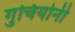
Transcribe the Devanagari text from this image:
गुचियोनी